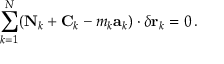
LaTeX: \sum _ { k = 1 } ^ { N } ( \mathbf { N } _ { k } + \mathbf { C } _ { k } - m _ { k } \mathbf { a } _ { k } ) \cdot \delta \mathbf { r } _ { k } = 0 \, .